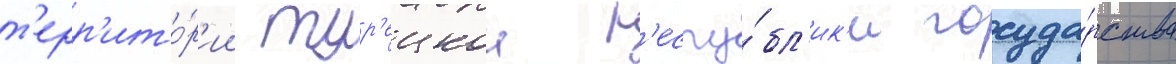
т'ерр'ито́р'ии тур'ецкои р'еспу́бл'ик'и госуда́рства